Vaccination in Bombay 1913-1923 - 1913-1923
Year: 1913
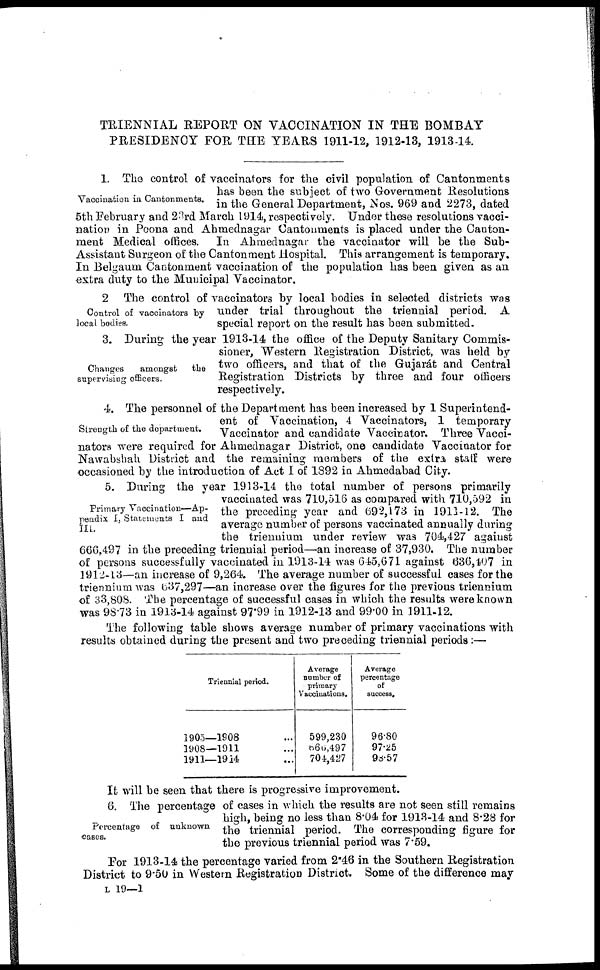
TRIENNIAL REPORT ON VACCINATION IN THE BOMBAY
PRESIDENCY FOR THE YEARS 1911-12, 1912-13, 1913-14.
Vaccination in Cantonments.
1. The control of vaccinators for the civil population of Cantonments
has been the subject of two Government Resolutions
in the General Department, Nos. 969 and 2273, dated
5th February and 23rd March 1914, respectively. Under these resolutions vacci-
nation in Poona and Ahmednagar Cantonments is placed under the Canton-
ment Medical offices. In Ahmednagar the vaccinator will be the Sub¬
Assistant Surgeon of the Cantonment Hospital. This arrangement is temporary.
In Belgaum Cantonment vaccination of the population has been given as an
extra duty to the Municipal Vaccinator.
Control of vaccinators by
local bodies.
2 The control of vaccinators by local bodies in selected districts was
under trial throughout the triennial period. A
special report on the result has been submitted.
Changes
amongst
the
supervising officers.
3. During the year 1913-14 the office of the Deputy Sanitary Commis-
sioner, Western Registration District, was held by
two officers, and that of the Gujarát and Central
Registration Districts by three and four officers
respectively.
Strength of the department.
4. The personnel of the Department has been increased by 1 Superintend-
ent of Vaccination, 4 Vaccinators, 1 temporary
Vaccinator and candidate Vaccinator. Three Vacci¬
nators were required for Ahmednagar District, one candidate Vaccinator for
Nawabshah District and the remaining members of the extra staff were
occasioned by the introduction of Act I of 1892 in Ahmedabad City.
Primary Vaccination—Ap-
pendix I, Statements I and
III.
5. During the year 1913-14 the total number of persons primarily
vaccinated was 710,516 as compared with 710,592 in
the preceding year and 692,173 in 1911-12. The
average number of persons vaccinated annually during
the triennium under review was 704,427 against
666,497 in the preceding triennial period—an increase of 37,930. The number
of persons successfully vaccinated in 1913-14 was 645,671 against 636,407 in
1912-13—an increase of 9,264. The average number of successful cases for the
triennium was 637,297—an increase over the figures for the previous triennium
of 33,808. The percentage of successful cases in which the results were known
was 98.73 in 1913-14 against 97.99 in 1912-13 and 99.00 in 1911-12.
The following table shows average number of primary vaccinations with
results obtained during the present and two preceding triennial periods :—
Triennial period.
1905—1908 ...
1908—1911 ...
1911—1914 ...
Average
number of
primary
Vaccinations.
599,230
666,497
704,427
Average
percentage
of
success.
96.80
97.25
98.57
It will be seen that there is progressive improvement.
Percentage of unknown
cases.
6. The percentage of cases in which the results are not seen still remains
high, being no less than 8.04 for 1913-14 and 8.28 for
the triennial period. The corresponding figure for
the previous triennial period was 7.59.
For 1913-14 the percentage varied from 2.46 in the Southern Registration
District to 9.50 in Western Registration District. Some of the difference may
L 19—1